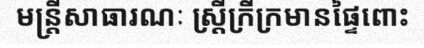
មន្ត្រីសាធារណៈ ស្ត្រីក្រីក្រមានផ្ទៃពោះ